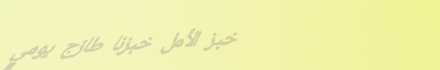
خبز الأمل خبزنا طازج يومي